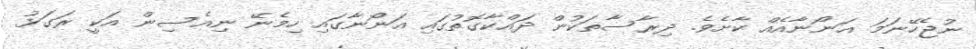
ނުޖެހޭނަމަ އަނޯނާއެއް ކާށެވެ. ދިރާސާތަކުން ދައްކާގޮތުގައި އަނޯނާގައި ހިމެނޭ ނިއެސިން އަކީ ރަގަޅު